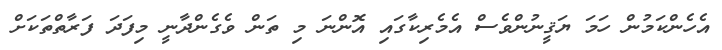
އެހެންކަމުން ހަމަ ޔަޤީނުންވެސް އެމެރިކާގައި އޮންނަ މި ތަން ވެގެންދާނީ މިފަދަ ފަރާތްތަކަށް